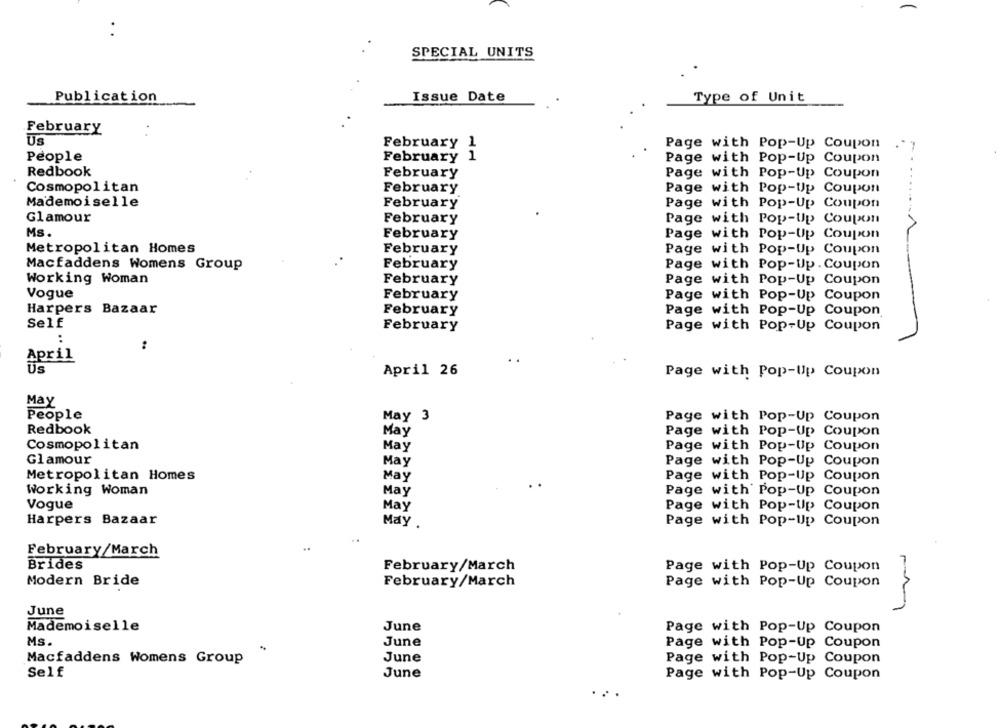
SPECIAL UNITS
Publication
Issue Date
Type of Unit
February
Us
February 1
Page with Pop-Up Coupon
People
February 1
Page with Pop-Up Coupon
Redbook
February
Page with Pop-Up Coupon
Cosmopolitan
February
Page with Pop-Up Coupon
Mademoiselle
February
Page with Pop-Up Coupon
Glamour
February
Page with Pop-Up Coupon
Ms.
February
Page with Pop-Up Coupon
Metropolitan Homes
February
Page with Pop-Up Coupon
Macfaddens Womens Group
February
Page with Pop-Up. Coupon
Working Woman
February
Page with Pop-Up Coupon
Vogue
February
Page with Pop-Up Coupon
Harpers Bazaar
February
Page with Pop-Up Coupon
Self
February
Page with Pop-Up Coupon
..
April
April 26
Page with Pop-Up Coupon
May
People
May 3
Page with Pop-Up Coupon
Redbook
May
Page with Pop-Up Coupon
Cosmopolitan
May
Page with Pop-Up Coupon
Glamour
May
Page with Pop-Up Coupon
Metropolitan Homes
Page with Pop-Up Coupon
Working Woman
May
Page with Pop-Up Coupon
Vogue
May
Page with Pop-Up Coupon
Harpers Bazaar
May
Page with Pop-Up Coupon
February/March
Brides
February/March
Page with Pop-Up Coupon
Modern Bride
February/March
Page with Pop-Up Coupon
June
Mademoiselle
June
Page with Pop-Up Coupon
Ms.
June
Page with Pop-Up Coupon
Macfaddens Womens Group
June
Page with Pop-Up Coupon
Self
June
Page with Pop-Up Coupon